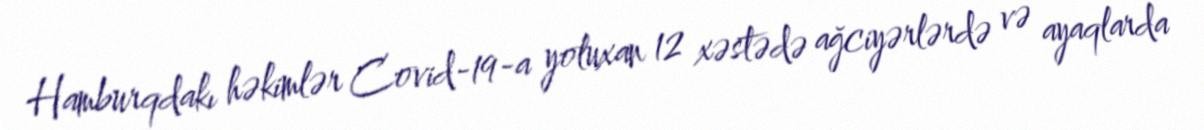
Hamburqdakı həkimlər Covid-19-a yoluxan 12 xəstədə ağciyərlərdə və ayaqlarda